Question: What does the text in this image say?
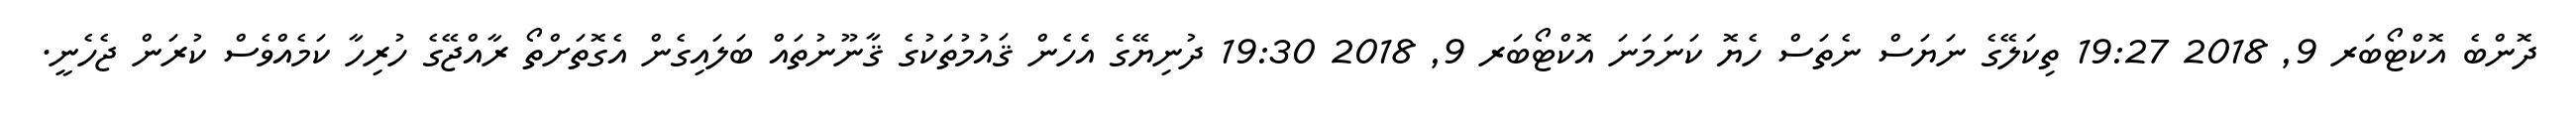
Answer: ދޮންބެ އޮކްޓޯބަރ 9, 2018 19:27 ތިކަލޭގެ ނަޔަސް ނެތަސް ހެޔޮ ކަނަމަނަ އޮކްޓޯބަރ 9, 2018 19:30 ދުނިޔޭގެ އެހެން ޤައުމުތަކުގެ ޤާނޫނުތައް ބަލައިގެން އެގޮތަށްތޯ ރާއްޖޭގެ ހުރިހާ ކަމެއްވެސް ކުރަން ޖެހެނީ.